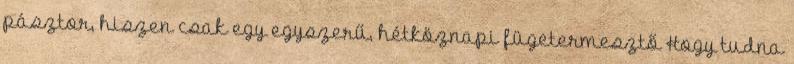
pásztor, hiszen csak egy egyszerű, hétköznapi fügetermesztő Hogy tudna